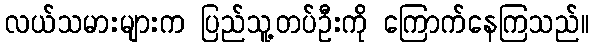
လယ်သမားများက ပြည်သူ့တပ်ဦးကို ကြောက်နေကြသည်။